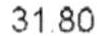
31.80